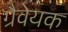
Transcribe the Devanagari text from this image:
ग्रैवेयक